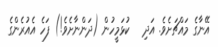
އޭނާގެ މައްޗަށެވެ. އަދި   ކުޅަމީހުން (ދަންނާށެވެ!) ފަހެ އެއުރެންގެ